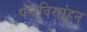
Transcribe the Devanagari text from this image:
पंचविसांहून